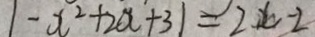
1 - x ^ { 2 } + 2 a + 3 1 = 2 x - 2